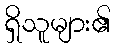
ရှိသူများ၏